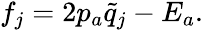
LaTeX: f_{j}=2p_{a}\tilde{q}_{j}-E_{a}.